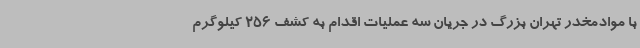
با موادمخدر تهران بزرگ در جریان سه عملیات اقدام به کشف 256 کیلوگرم